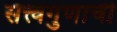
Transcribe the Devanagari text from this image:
सत्त्वगुणाची